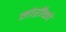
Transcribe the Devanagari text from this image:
मोरॉको